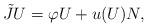
LaTeX: \begin{align*}\tilde{J}U=\varphi U+u(U)N, \end{align*}